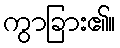
ကွာခြား၏။